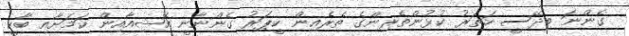
ގެންނަ ބިދޭސީ ހަތަރު ކުޅުންތެރިންގެ ތެރެއިން ކީޕަރު ގެންނާނީ އޭޝިއާއިން ކަމަށާއި ބާކީ